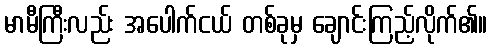
မာမီကြီးလည်း အပေါက်ငယ် တစ်ခုမှ ချောင်းကြည့်လိုက်၏။